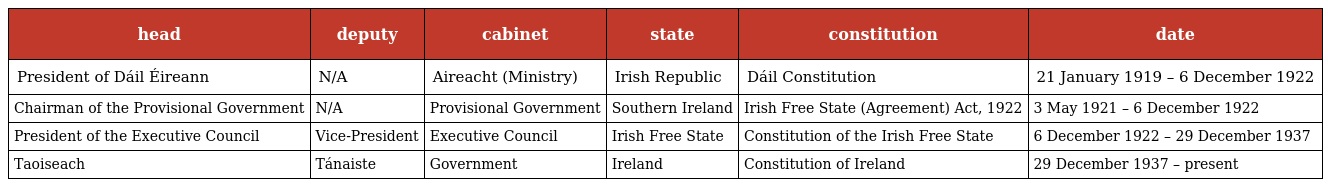
| head | deputy | cabinet | state | constitution | date |
 | --- | --- | --- | --- | --- | --- |
 | President of Dáil Éireann | N/A | Aireacht (Ministry) | Irish Republic | Dáil Constitution | 21 January 1919 – 6 December 1922 |
 | Chairman of the Provisional Government | N/A | Provisional Government | Southern Ireland | Irish Free State (Agreement) Act, 1922 | 3 May 1921 – 6 December 1922 |
 | President of the Executive Council | Vice-President | Executive Council | Irish Free State | Constitution of the Irish Free State | 6 December 1922 – 29 December 1937 |
 | Taoiseach | Tánaiste | Government | Ireland | Constitution of Ireland | 29 December 1937 – present |